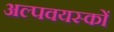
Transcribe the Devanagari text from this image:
अल्पवयस्कों